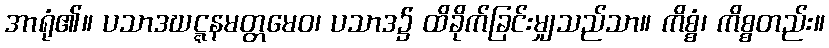
အာရုံ၏။ ပသာဒဃဋ္ဋနမတ္တမေဝ၊ ပသာဒ၌ ထိခိုက်ခြင်းမျှသည်သာ။ ကိစ္စံ၊ ကိစ္စတည်း။